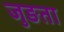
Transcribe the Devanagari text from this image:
जुङता